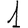
Digit: 1